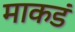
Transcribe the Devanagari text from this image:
माकडं